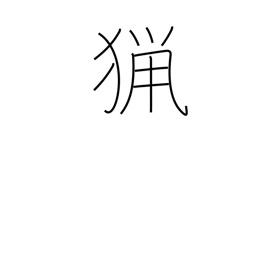
Meaning: shooting